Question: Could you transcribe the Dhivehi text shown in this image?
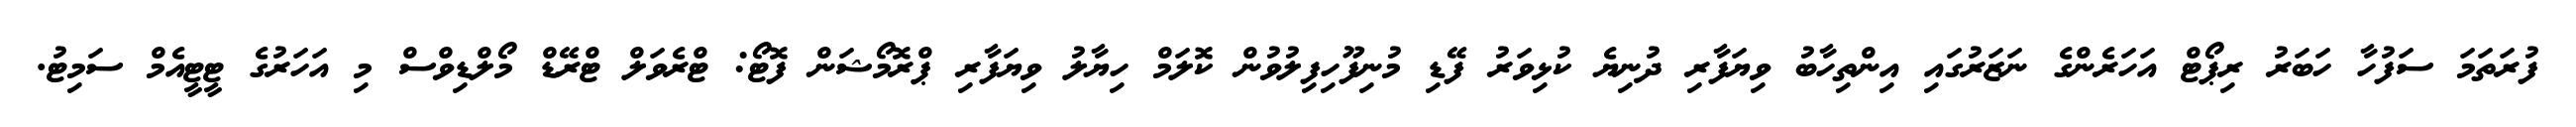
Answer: ފުރަތަމަ ސަފުހާ ހަބަރު ރިޕޯޓް އަހަރެންގެ ނަޒަރުގައި އިންތިހާބު ވިޔަފާރި ދުނިޔެ ކުޅިވަރު ފޭޑި މުނިފޫހިފިލުވުން ކޮލަމް ހިޔާލު ވިޔަފާރި ޕްރޮމޯޝަން ފޮޓޯ: ޓްރެވަލް ޓްރޭޑް މޯލްޑިވްސް މި އަހަރުގެ ޓީޓީއެމް ސަމިޓު.